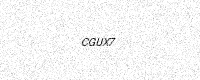
Text: CGUX7